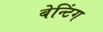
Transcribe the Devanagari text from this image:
बेन्टिंग